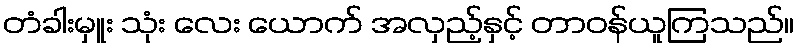
တံခါးမှူး သုံး လေး ယောက် အလှည့်နှင့် တာဝန်ယူကြသည်။